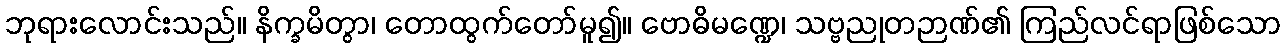
ဘုရားလောင်းသည်။ နိက္ခမိတွာ၊ တောထွက်တော်မူ၍။ ဗောဓိမဏ္ဍေ၊ သဗ္ဗညုတဉာဏ်၏ ကြည်လင်ရာဖြစ်သော